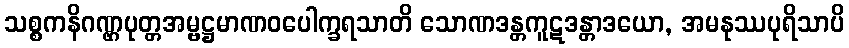
သစ္စကနိဂဏ္ဌပုတ္တအမ္ဗဋ္ဌမာဏဝပေါက္ခရသာတိ သောဏဒန္တကူဋဒန္တာဒယော, အမနုဿပုရိသာပိ